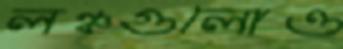
লঞ্চগুলোও